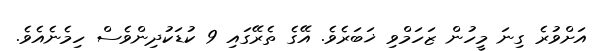
އަށްވުރެ ގިނަ މީހުން ޒަހަމްވި ޚަބަރެވެ. އޭގެ ތެރޭގައި 9 ކުޑަކުދިންވެސް ހިމެނެއެވެ.